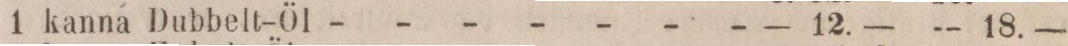
1 kanna Dubbelt-Öl - - - - - - -    — 12. —    — 18. —